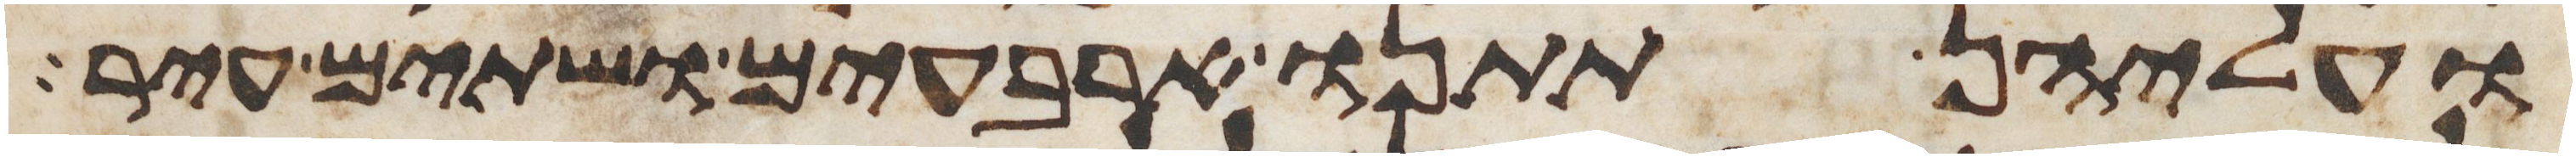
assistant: ועליהן תתנו ארבעים ושתים עיר